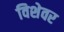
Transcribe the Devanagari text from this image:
विशेवर